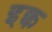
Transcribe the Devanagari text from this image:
इक्व